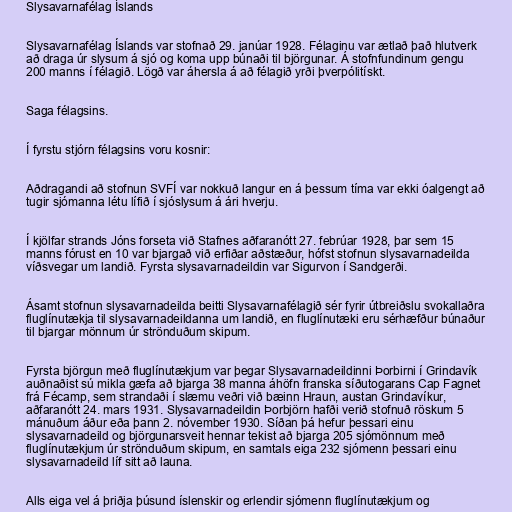
Slysavarnafélag Íslands

Slysavarnafélag Íslands var stofnað 29. janúar 1928. Félaginu var ætlað það hlutverk
að draga úr slysum á sjó og koma upp búnaði til björgunar. Á stofnfundinum gengu
200 manns í félagið. Lögð var áhersla á að félagið yrði þverpólitískt.

Saga félagsins.

Í fyrstu stjórn félagsins voru kosnir:

Aðdragandi að stofnun SVFÍ var nokkuð langur en á þessum tíma var ekki óalgengt að
tugir sjómanna létu lífið í sjóslysum á ári hverju.

Í kjölfar strands Jóns forseta við Stafnes aðfaranótt 27. febrúar 1928, þar sem 15
manns fórust en 10 var bjargað við erfiðar aðstæður, hófst stofnun slysavarnadeilda
víðsvegar um landið. Fyrsta slysavarnadeildin var Sigurvon í Sandgerði.

Ásamt stofnun slysavarnadeilda beitti Slysavarnafélagið sér fyrir útbreiðslu svokallaðra
fluglínutækja til slysavarnadeildanna um landið, en fluglínutæki eru sérhæfður búnaður
til bjargar mönnum úr strönduðum skipum.

Fyrsta björgun með fluglínutækjum var þegar Slysavarnadeildinni Þorbirni í Grindavík
auðnaðist sú mikla gæfa að bjarga 38 manna áhöfn franska síðutogarans Cap Fagnet
frá Fécamp, sem strandaði í slæmu veðri við bæinn Hraun, austan Grindavíkur,
aðfaranótt 24. mars 1931. Slysavarnadeildin Þorbjörn hafði verið stofnuð röskum 5
mánuðum áður eða þann 2. nóvember 1930. Síðan þá hefur þessari einu
slysavarnadeild og björgunarsveit hennar tekist að bjarga 205 sjómönnum með
fluglínutækjum úr strönduðum skipum, en samtals eiga 232 sjómenn þessari einu
slysavarnadeild líf sitt að launa.

Alls eiga vel á þriðja þúsund íslenskir og erlendir sjómenn fluglínutækjum og